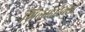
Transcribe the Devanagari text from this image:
शिलाहारवंशी